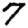
Digit: 7